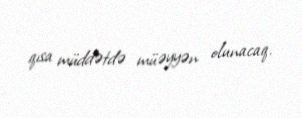
qısa müddətdə müəyyən olunacaq.